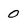
Character: 0